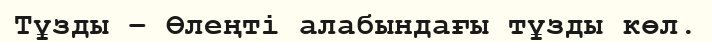
Тұзды – Өлеңті алабындағы тұзды көл.